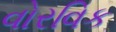
વોરવિક